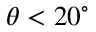
\theta < 2 0 ^ { \circ }